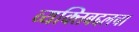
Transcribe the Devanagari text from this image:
व्यक्तिबद्दलचा